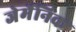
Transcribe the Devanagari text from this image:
जेर्मेनिक